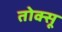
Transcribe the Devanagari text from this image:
तोक्सू